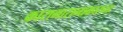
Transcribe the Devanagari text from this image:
कारागारान्धकारघ्नः